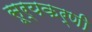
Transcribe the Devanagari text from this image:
सूर्यकर्णी